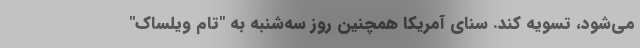
می‌شود، تسویه کند. سنای آمریکا همچنین روز سه‌شنبه به "تام ویلساک"